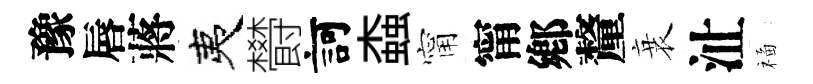
豫唇蔣夷欎訶螙甯甯鄕釐衰沚福